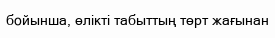
бойынша, өлікті табыттың төрт жағынан